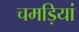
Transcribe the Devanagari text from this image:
चमड़ियां